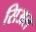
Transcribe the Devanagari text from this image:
सिअल